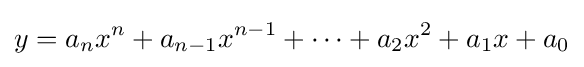
y=a_{n}x^{n}+a_{n-1}x^{n-1}+\cdots +a_{2}x^{2}+a_{1}x+a_{0}